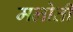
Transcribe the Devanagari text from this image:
मलोती